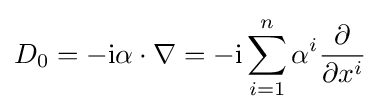
D_{0}=-\mathrm {i} \alpha \cdot \nabla =-\mathrm {i} \sum _{i=1}^{n}\alpha ^{i}{\frac {\partial }{\partial x^{i}}}